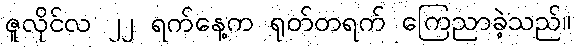
ဇူလိုင်လ ၂၂ ရက်နေ့က ရုတ်တရက် ကြေညာခဲ့သည်။